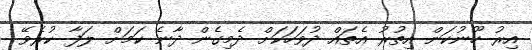
އިރު ހޫނުކަން އިތުރު އެތައް ދުވަހަކަށް ދެމިގެން ދާނެ ކަމަށް ލަފާ ކުރެވޭ